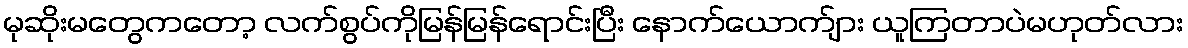
မုဆိုးမတွေကတော့ လက်စွပ်ကိုမြန်မြန်ရောင်းပြီး နောက်ယောက်ျား ယူကြတာပဲမဟုတ်လား